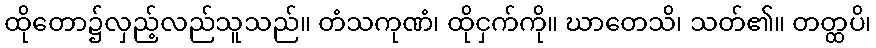
ထိုတော၌လှည့်လည်သူသည်။ တံသကုဏံ၊ ထိုငှက်ကို။ ဃာတေသိ၊ သတ်၏။ တတ္ထပိ၊